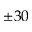
\pm 3 0